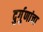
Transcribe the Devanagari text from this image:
दुर्गुणांचा